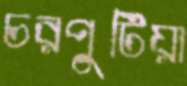
চরপুটিয়া